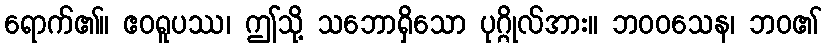
ရောက်၏။ ဧဝရူပဿ၊ ဤသို့ သဘောရှိသော ပုဂ္ဂိုလ်အား။ ဘဝဝသေန၊ ဘဝ၏